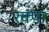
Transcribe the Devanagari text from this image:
रक्पा